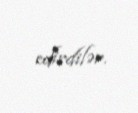
edirdilər.